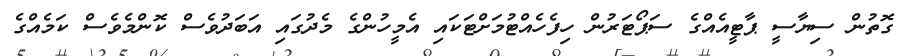
ގޮތުން ސިޔާސީ ޕާޓީއެއްގެ ސަޕޯޓަރުން ހިފެހެއްޓުމަށްޓަކައި އެމީހުންގެ މެދުގައި އަބަދުވެސް ކޮންމެވެސް ކަމެއްގެ